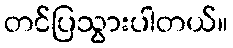
တင်ပြသွားပါတယ်။